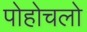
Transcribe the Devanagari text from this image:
पोहोचलो